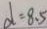
d = 8 . 5